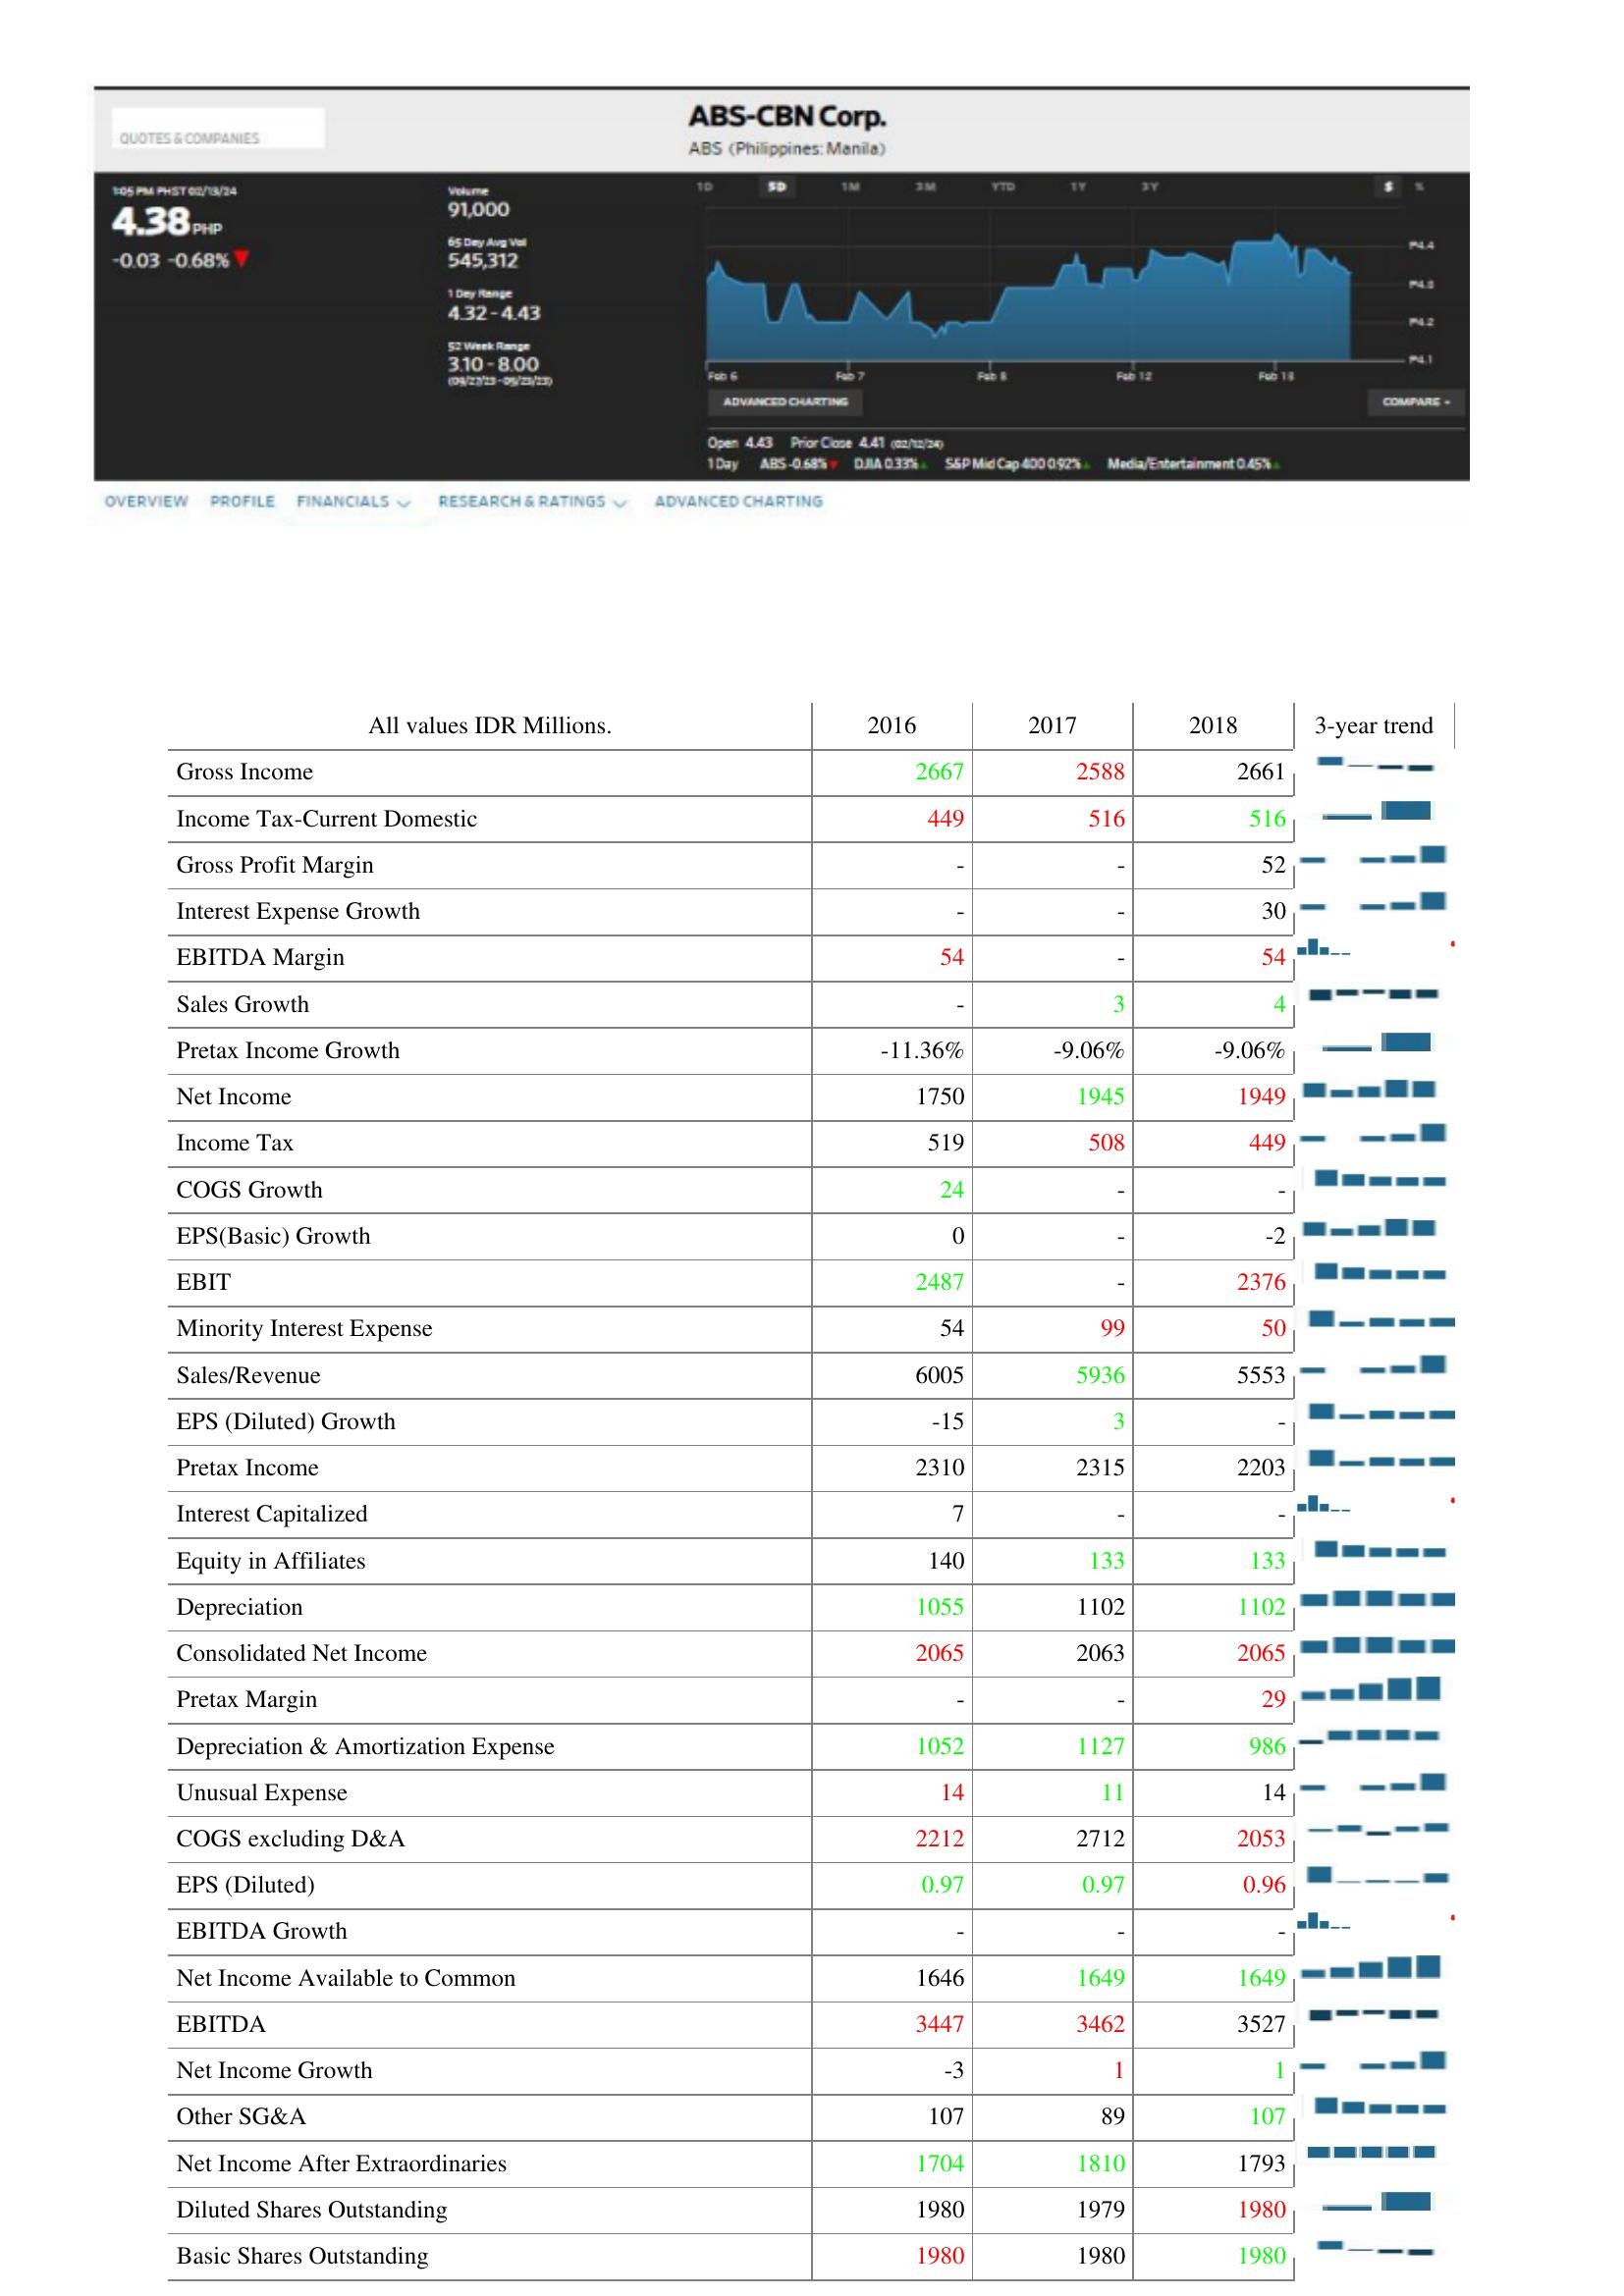
2016: : Gross Income: 2667
Income Tax-Current Domestic: 449
Gross Profit Margin: -
Interest Expense Growth: -
EBITDA Margin: 54
Sales Growth: -
Pretax Income Growth: -11.36%
Net Income: 1750
Income Tax: 519
COGS Growth: 24
EPS(Basic) Growth: 0
EBIT: 2487
Minority Interest Expense: 54
Sales/Revenue: 6005
EPS (Diluted) Growth: -15
Pretax Income: 2310
Interest Capitalized: 7
Equity in Affiliates: 140
Depreciation: 1055
Consolidated Net Income: 2065
Pretax Margin: -
Depreciation & Amortization Expense: 1052
Unusual Expense: 14
COGS excluding D&A: 2212
EPS (Diluted): 0.97
EBITDA Growth: -
Net Income Available to Common: 1646
EBITDA: 3447
Net Income Growth: -3
Other SG&A: 107
Net Income After Extraordinaries: 1704
Diluted Shares Outstanding: 1980
Basic Shares Outstanding: 1980
2017: : Gross Income: 2588
Income Tax-Current Domestic: 516
Gross Profit Margin: -
Interest Expense Growth: -
EBITDA Margin: -
Sales Growth: 3
Pretax Income Growth: -9.06%
Net Income: 1945
Income Tax: 508
COGS Growth: -
EPS(Basic) Growth: -
EBIT: -
Minority Interest Expense: 99
Sales/Revenue: 5936
EPS (Diluted) Growth: 3
Pretax Income: 2315
Interest Capitalized: -
Equity in Affiliates: 133
Depreciation: 1102
Consolidated Net Income: 2063
Pretax Margin: -
Depreciation & Amortization Expense: 1127
Unusual Expense: 11
COGS excluding D&A: 2712
EPS (Diluted): 0.97
EBITDA Growth: -
Net Income Available to Common: 1649
EBITDA: 3462
Net Income Growth: 1
Other SG&A: 89
Net Income After Extraordinaries: 1810
Diluted Shares Outstanding: 1979
Basic Shares Outstanding: 1980
2018: : Gross Income: 2661
Income Tax-Current Domestic: 516
Gross Profit Margin: 52
Interest Expense Growth: 30
EBITDA Margin: 54
Sales Growth: 4
Pretax Income Growth: -9.06%
Net Income: 1949
Income Tax: 449
COGS Growth: -
EPS(Basic) Growth: -2
EBIT: 2376
Minority Interest Expense: 50
Sales/Revenue: 5553
EPS (Diluted) Growth: -
Pretax Income: 2203
Interest Capitalized: -
Equity in Affiliates: 133
Depreciation: 1102
Consolidated Net Income: 2065
Pretax Margin: 29
Depreciation & Amortization Expense: 986
Unusual Expense: 14
COGS excluding D&A: 2053
EPS (Diluted): 0.96
EBITDA Growth: -
Net Income Available to Common: 1649
EBITDA: 3527
Net Income Growth: 1
Other SG&A: 107
Net Income After Extraordinaries: 1793
Diluted Shares Outstanding: 1980
Basic Shares Outstanding: 1980